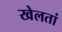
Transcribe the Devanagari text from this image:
खेलतां